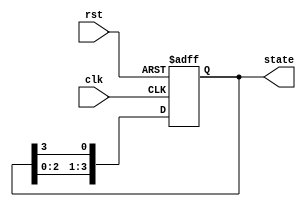
module ring_counter #(
    parameter N = 4  // Number of bits (flip-flops) for the ring counter
)(
    input wire clk,   // Clock input
    input wire rst,   // Asynchronous reset
    output reg [N-1:0] state // Current state output
);

// Sequential logic for the ring counter
always @(posedge clk or posedge rst) begin
    if (rst) begin
        // Reset state to initial state (1 at the first position)
        state <= 1'b1; // 000...0001
    end else begin
        // Shift '1' to the left with wrap around
        state <= {state[N-2:0], state[N-1]}; // Shift left and wrap
    end
end

endmodule